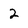
Character: 2